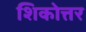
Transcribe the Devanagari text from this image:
शिकोत्तर